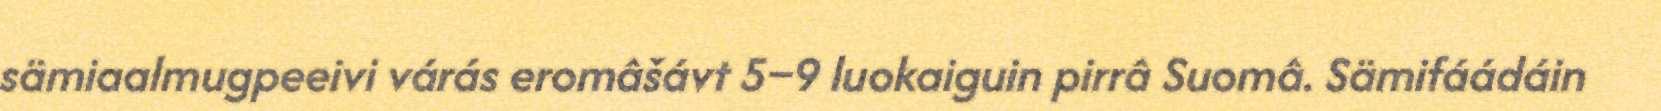
sämiaalmugpeeivi várás eromâšávt 5–9 luokaiguin pirrâ Suomâ. Sämifáádáin